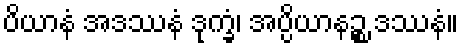
ပိယာနံ အဒဿနံ ဒုက္ခံ၊ အပ္ပိယာနဉ္စ ဒဿနံ။